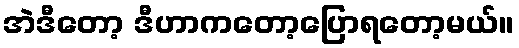
အဲဒီတော့ ဒီဟာကတော့ပြောရတော့မယ်။